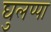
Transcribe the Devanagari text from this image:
घुलप्पा